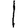
Digit: 1